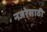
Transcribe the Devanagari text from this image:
नजरेसाठी